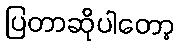
ပြတာဆိုပါတော့